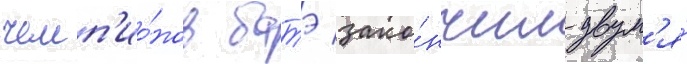
чемп'ио́нов батэ зако́нчил двум'я́